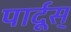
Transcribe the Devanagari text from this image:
पार्दूस्